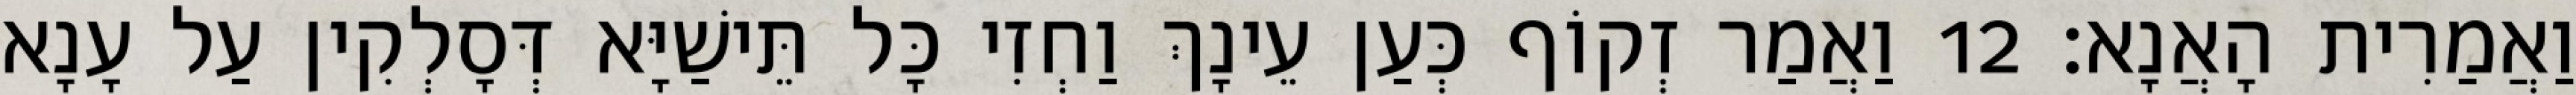
וַאֲמַרִית הָאֲנָא׃ 12 וַאֲמַר זְקוֹף כְּעַן עֵינָךְ וַחְזִי כָּל תֵּישַׁיָּא דְּסָלְקִין עַל עָנָא